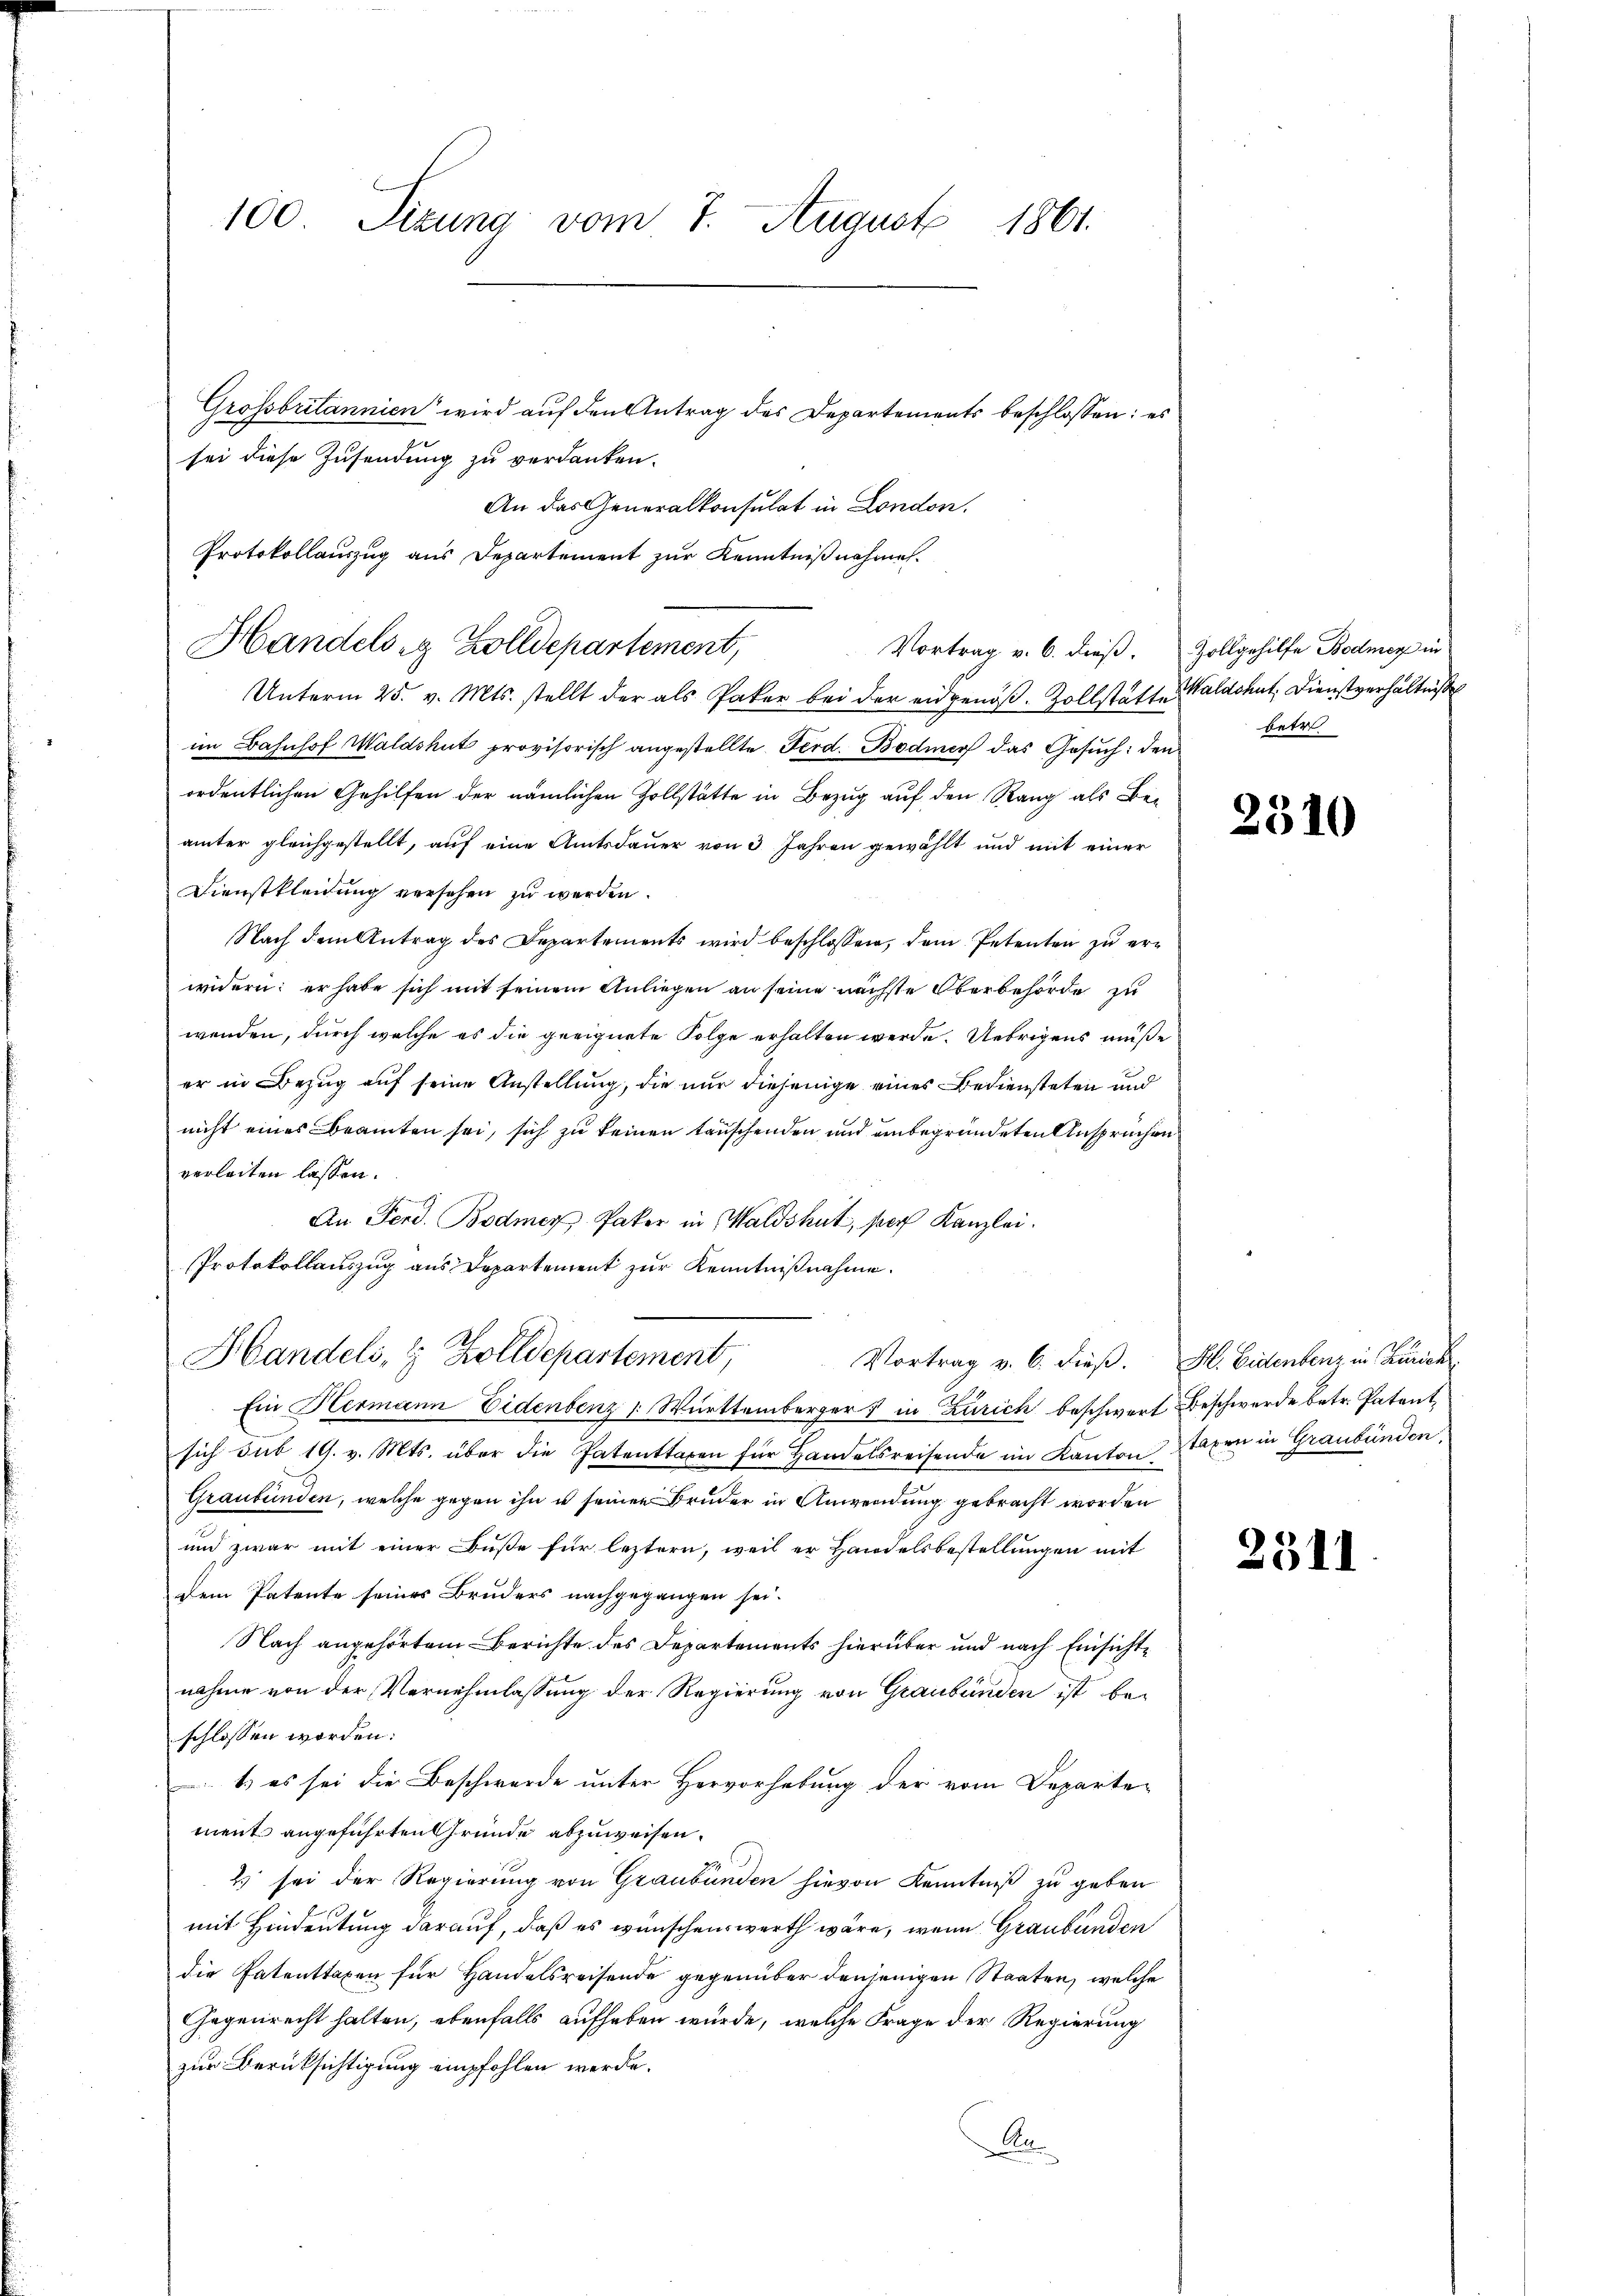
100. Sizung vom 7. August 1861.

Grossbritannien wird auf den Antrag des Departements beschlossen: es
sei diese Zusendung zu verdanken.
An das Generalkonsulat in London.
Protokollauszug aus Departement zur Kenntnißnahmen.
Unterm 25. v. Mts. stellt der als Paker bei der eidgenöß. Zollstättes Waldshut, Dienstverhältniß
im Bahnhof Waldshut provisorisch angestellte Ferd. Bodmer das Gesŭch: den
ordentlichen Gehilfen der nämlichen Zollstätte in Bezug auf den Rang als Beiämter gleichgestellt, auf eine Amtsdauer von 3 Jahren gewählt und mit einer
Dienstkleidung versehen zu werden.
Nach dem Antrag des Departements wird beschlossen, dem Petenten zu erwidern: er habe sich mit seinem Anliegen an seine nächste Oberbehörde zu
wenden, durch welche es die geeignete Folge erhalten werde. Uebrigens müße
er in Bezug auf seine Anstellung, die nur diejenige eines Bediensteten und
nicht eines Beamten sei, sich zu keinen tauschenden und unbegründeten Anspruchen
verleiten lassen.
An Ferd. Bodmer. Paker in Waldshut, per Kanzlei.
Protokollauszug aus Departement zur Kenntnißnahme.
Handels, & Zolldepartement,
Vortrag v. 6. dieß. H. Eidentenz in Zürich
Ein Hermann Eidenbenz /: Württemberger in Zürich beschwert Beschwerde betr. Patent
sich sub 19. v. Mts. über die Patenttaren für Handelsreisende im Kanton Taxen in Graubünden,
Graubünden, welche gegen ihn u seinen Bruder in Anwendung gebracht worden
und zwar mit einer Buße für leztern, weil er Handelsbestellungen mit
dem Patente seines Bruders nachgegangen sei.
Nach angehörtem Berichte des Departements hierüber und nach Einsichtnahme von der Vernehmlassung der Regierung von Graubünden ist be-
schlossen worden:
1) es sei die Beschwerde unter Hervorhebung der vom Departe-
ment angeführten Gründe abzuweisen.
Es sei der Regierung von Graubünden hievon Kenntniß zu geben
mit Hindeutung darauf, daß es wünschenswerth wäre, wenn Graubünden
die Patenttaxen für Handelsreisende gegenüber denjenigen Staaten, welche
Gegenrecht halten, ebenfalls aufhaben wurde, welche Frage der Regierung
zur Berücksichtigung empfohlen werde.
A

Handelwig Zolldepartement,

Vortrag v. 6. dieß. Zollgehilfe Bodmer in

betr

2310

2511